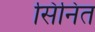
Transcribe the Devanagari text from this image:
सिनित